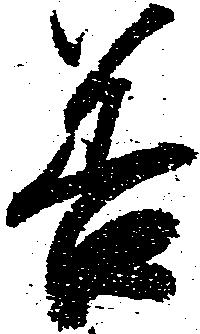
善